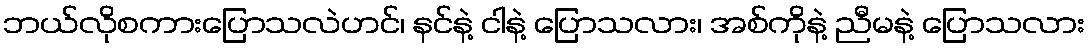
ဘယ်လိုစကားပြောသလဲဟင်၊ နင်နဲ့ ငါနဲ့ ပြောသလား၊ အစ်ကိုနဲ့ ညီမနဲ့ ပြောသလား